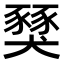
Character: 𧱾